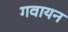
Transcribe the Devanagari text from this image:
गवायन